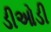
ડીઓડી